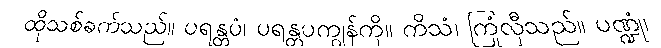
ထိုသစ်ခက်သည်။ ပရန္တပံ၊ ပရန္တပကျွန်ကို။ ကိသံ၊ ကြုံလှီသည်။ ပဏ္ဍုံ၊